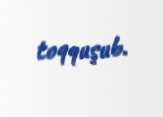
toqquşub.